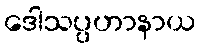
ဒေါသပ္ပဟာနာယ